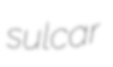
sulcar